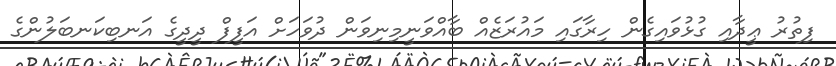
ފިތުރު ޢީދާއި ގުޅުވައިގެން ހިރާގައި މައުރަޒެއް ބާއްވަނީމިނިވަން ދުވަހަށް އަފީފް ދީދީގެ އަނބިކަނބަލުންގެ